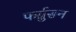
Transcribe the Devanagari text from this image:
फर्ग्रुसन